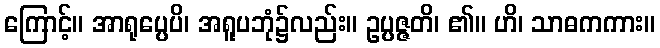
ကြောင့်။ အာရုပ္ပေပိ၊ အရူပဘုံ၌လည်း။ ဥပ္ပဇ္ဇတိ၊ ၏။ ဟိ၊ သာဓကကား။